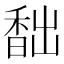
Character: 䭯